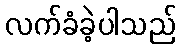
လက်ခံခဲ့ပါသည်